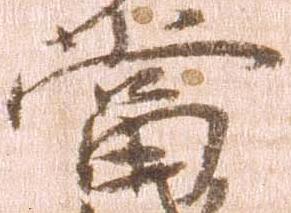
当